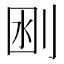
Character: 𠜟